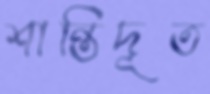
শান্তিদূত